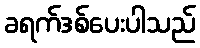
ခရက်ဒစ်ပေးပါသည်